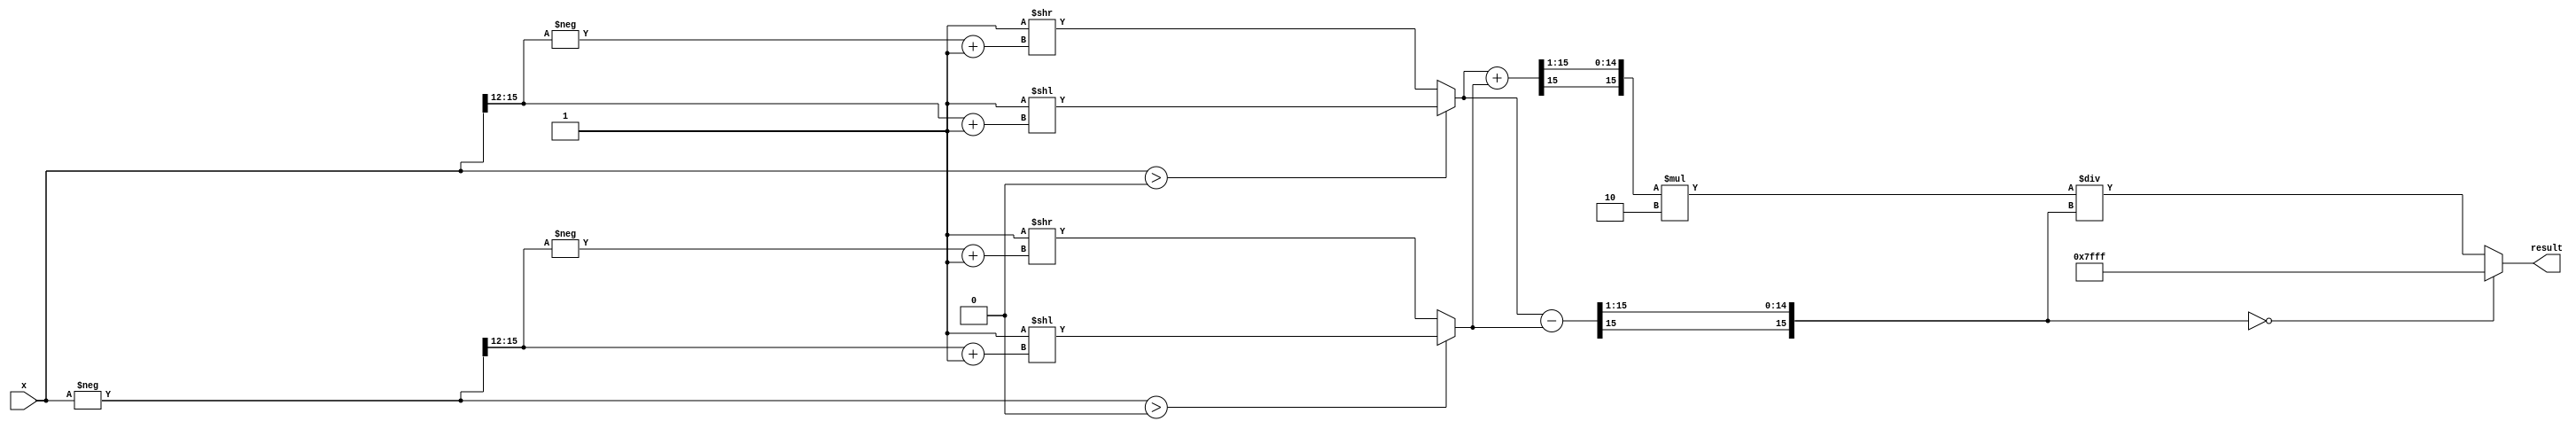
module coth(
    input  wire signed [15:0] x,   // Input: Fixed-point representation of x
    output reg  signed [15:0] result // Output: Fixed-point representation of coth(x)
);
    
    // Internal signals
    wire signed [15:0] exp_x;
    wire signed [15:0] exp_neg_x;
    wire signed [15:0] cosh_x;
    wire signed [15:0] sinh_x;
    wire signed [15:0] sinh_x_inv; // To avoid division by zero

    // Exponential function approximation (e^x and e^-x)
    function signed [15:0] exp_approx(input signed [15:0] x);
        // Placeholder for exponential approximation
        // Implement a suitable method (e.g., Taylor series, CORDIC, etc.)
        // Here we use a simple approximation for demonstration:
        exp_approx = (x > 0) ? (16'h0001 << (x[15:12] + 1)) : (16'h0001 >> (-x[15:12] + 1));
    endfunction

    // Compute e^x and e^-x
    assign exp_x = exp_approx(x);
    assign exp_neg_x = exp_approx(-x);
    
    // Compute cosh(x) and sinh(x)
    assign cosh_x = (exp_x + exp_neg_x) >>> 1; // cosh(x) = (e^x + e^-x) / 2
    assign sinh_x = (exp_x - exp_neg_x) >>> 1; // sinh(x) = (e^x - e^-x) / 2

    // Handle sinh(x) to avoid division by zero
    always @(*) begin
        if (sinh_x == 0) begin
            result = 16'h7FFF; // Assign a max value or handle error
        end else begin
            // Calculate coth(x) = cosh(x) / sinh(x)
            result = (cosh_x * 16'h0002) / sinh_x; // Multiply by 2 to maintain precision
        end
    end

endmodule